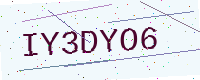
Text: IY3DYO6